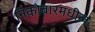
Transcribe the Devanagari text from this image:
निकोबारमधील